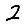
Digit: 2